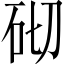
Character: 砌